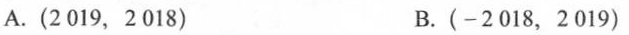
A.(2019，2018) B.(-2018，2019)